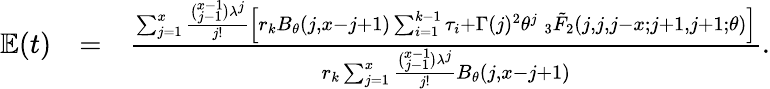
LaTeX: \begin{array}{rlr}{\mathbb{E}(t)}&{=}&{\frac{\sum_{j=1}^{x}\frac{\binom{x-1}{j-1}\lambda^{j}}{j!}\Big[r_{k}B_{\theta}(j,x-j+1)\sum_{i=1}^{k-1}\tau_{i}+\Gamma(j)^{2}{\theta}^{j}\: _{3}\tilde{F}_{2}(j,j,j-x;j+1,j+1;\theta)\Big]}{r_{k}\sum_{j=1}^{x}\frac{\binom{x-1}{j-1}\lambda^{j}}{j!}B_{\theta}(j,x-j+1)}.}\end{array}